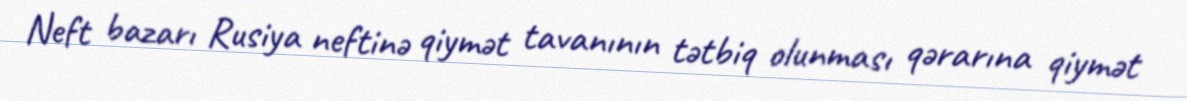
Neft bazarı Rusiya neftinə qiymət tavanının tətbiq olunması qərarına qiymət